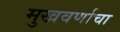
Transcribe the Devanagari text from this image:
मुखवर्णाचा